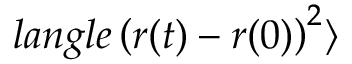
l a n g l e \left( \boldsymbol { r } ( t ) - \boldsymbol { r } ( 0 ) \right) ^ { 2 } \rangle